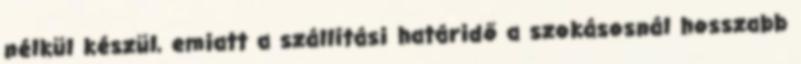
nélkül készül, emiatt a szállítási határidő a szokásosnál hosszabb